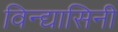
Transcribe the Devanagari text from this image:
विन्द्यासिनी